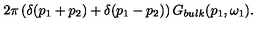
2 \pi \left( \delta ( p _ { 1 } + p _ { 2 } ) + \delta ( p _ { 1 } - p _ { 2 } ) \right) G _ { b u l k } ( p _ { 1 } , \omega _ { 1 } ) .